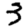
Digit: 3